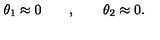
\theta _ { 1 } \approx 0 \qquad , \qquad \theta _ { 2 } \approx 0 .